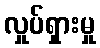
လှုပ်ရှားမှု